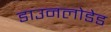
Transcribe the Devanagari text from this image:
डाउनलोडेड